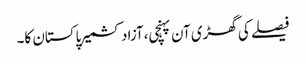
فیصلے کی گھڑی آن پہنچی،آزاد کشمیر پاکستان کا۔